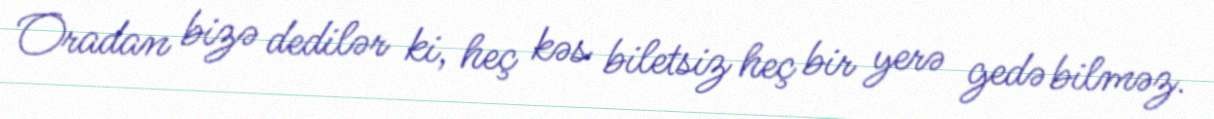
Oradan bizə dedilər ki, heç kəs biletsiz heç bir yerə gedə bilməz.